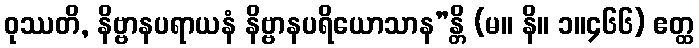
ဝုဿတိ, နိဗ္ဗာနပရာယနံ နိဗ္ဗာနပရိယောသာန”န္တိ (မ။ နိ။ ၁။၄၆၆) ဧတ္ထ